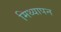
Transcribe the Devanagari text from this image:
मिथ्यापन